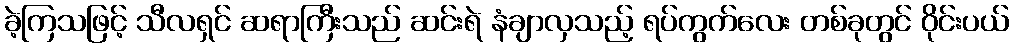
ခဲ့ကြသဖြင့် သီလရှင် ဆရာကြီးသည် ဆင်းရဲ နံချာလှသည့် ရပ်ကွက်လေး တစ်ခုတွင် ဝိုင်းပယ်